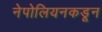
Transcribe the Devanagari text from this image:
नेपोलियनकडून